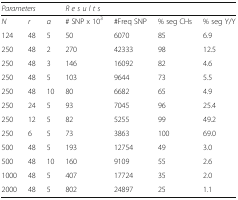
| <COLSPAN=3> Parameters | <COLSPAN=4> R e s u l t s |
 | --- | --- | --- | --- | --- | --- | --- |
 | N | r | α | # SNP x 103 | #Freq SNP | % seg CHs | % seg Y/Y |
 | 124 | 48 | 5 | 50 | 6070 | 85 | 6.9 |
 | 250 | 48 | 2 | 270 | 42333 | 98 | 12.5 |
 | 250 | 48 | 3 | 146 | 16092 | 82 | 4.6 |
 | 250 | 48 | 5 | 103 | 9644 | 73 | 5.5 |
 | 250 | 48 | 10 | 80 | 6682 | 65 | 4.9 |
 | 250 | 24 | 5 | 93 | 7045 | 96 | 25.4 |
 | 250 | 12 | 5 | 82 | 5255 | 99 | 49.2 |
 | 250 | 6 | 5 | 73 | 3863 | 100 | 69.0 |
 | 500 | 48 | 5 | 193 | 12754 | 49 | 3.0 |
 | 500 | 48 | 10 | 160 | 9109 | 55 | 2.6 |
 | 1000 | 48 | 5 | 407 | 17724 | 35 | 2.0 |
 | 2000 | 48 | 5 | 802 | 24897 | 25 | 1.1 |